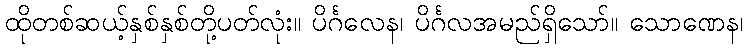
ထိုတစ်ဆယ့်နှစ်နှစ်တို့ပတ်လုံး။ ပိင်္ဂလေန၊ ပိင်္ဂလအမည်ရှိသော်။ သောဏေန၊